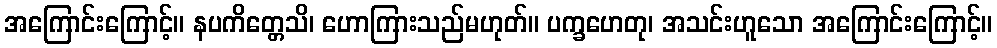
အကြောင်းကြောင့်။ နပကိတ္တေသိ၊ ဟောကြားသည်မဟုတ်။ ပက္ခဟေတု၊ အသင်းဟူသော အကြောင်းကြောင့်။